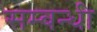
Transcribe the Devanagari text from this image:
सम्‍बन्‍धी